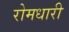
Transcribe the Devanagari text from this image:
रोमधारी